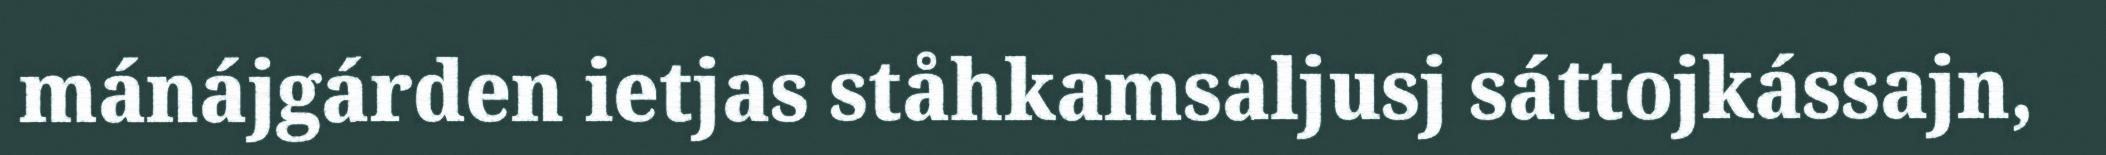
mánájgárden ietjas ståhkamsaljusj sáttojkássajn,